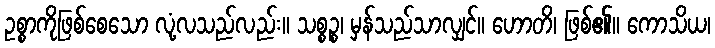
ဥစ္စာကိုဖြစ်စေသော လုံ့လသည်လည်း။ သစ္စဉ္စ၊ မှန်သည်သာလျှင်။ ဟောတိ၊ ဖြစ်၏။ ကောသိယ၊